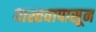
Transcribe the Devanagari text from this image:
वास्तवापासून